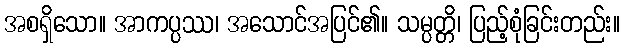
အစရှိသော။ အာကပ္ပဿ၊ အသောင်အပြင်၏။ သမ္ပတ္တိ၊ ပြည့်စုံခြင်းတည်း။